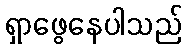
ရှာဖွေနေပါသည်